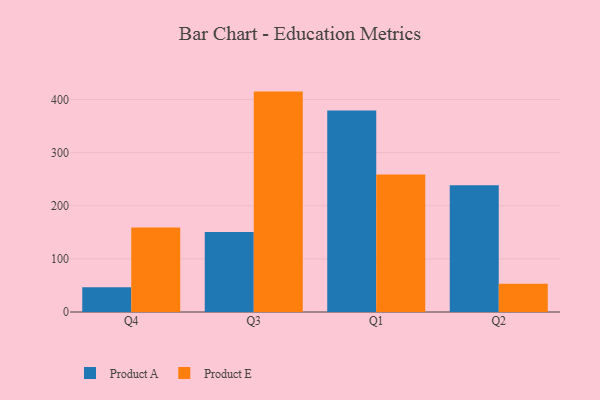
{"axis": {"x": "Quarter", "y": "Waste Production (Tons)"}, "legend": ["Product A", "Product E"], "data": [{"x": "Q4", "y": 46.6, "type": "Product A"}, {"x": "Q4", "y": 159.2, "type": "Product E"}, {"x": "Q3", "y": 150.8, "type": "Product A"}, {"x": "Q3", "y": 414.9, "type": "Product E"}, {"x": "Q1", "y": 379.4, "type": "Product A"}, {"x": "Q1", "y": 259.0, "type": "Product E"}, {"x": "Q2", "y": 238.8, "type": "Product A"}, {"x": "Q2", "y": 53.1, "type": "Product E"}]}